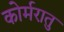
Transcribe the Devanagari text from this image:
कोर्मरातु